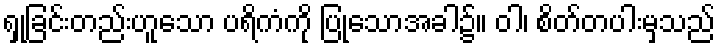
ရှုခြင်းတည်းဟူသော ပရိကံကို ပြုသောအခါ၌။ ဝါ၊ စိတ်တပါးမှသည်